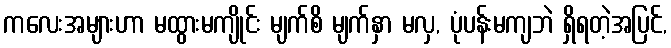
ကလေးအများဟာ မထွားမကျိုင်း မျက်စိ မျက်နှာ မလှ, ပုံပန်းမကျဘဲ ရှိရတဲ့အပြင်,